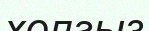
холгыз